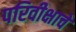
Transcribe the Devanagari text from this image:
परिवीक्षाचे